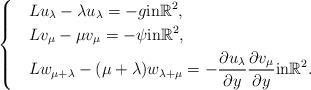
LaTeX: \begin{align*}\begin{dcases}& Lu_\lambda - \lambda u_\lambda = -g \mbox{in} \mathbb{R}^2,\\& Lv_\mu - \mu v_\mu = -\psi \mbox{in} \mathbb{R}^2,\\& Lw_{\mu + \lambda} - (\mu + \lambda) w_{\lambda + \mu} = -\frac{\partial u_\lambda}{\partial y} \frac{\partial v_\mu}{\partial y}\mbox{in} \mathbb{R}^2.\end{dcases}\end{align*}